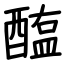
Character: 醢